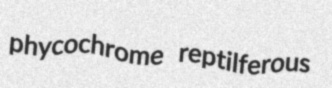
phycochrome reptilferous